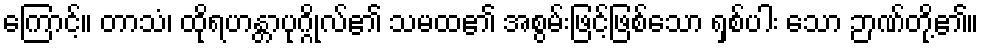
ကြောင့်။ တာသံ၊ ထိုရဟန္တာပုဂ္ဂိုလ်၏ သမထ၏ အစွမ်းဖြင့်ဖြစ်သော ရှစ်ပါး သော ဉာဏ်တို့၏။